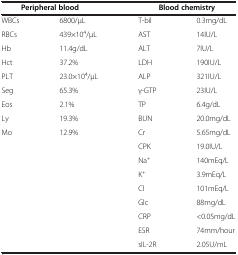
<table><thead><tr><td colspan="2"><b>Peripheral blood</b></td><td colspan="2"><b>Blood chemistry</b></td></tr></thead><tbody><tr><td>WBCs</td><td>6800/μL</td><td>T-bil</td><td>0.3mg/dL</td></tr><tr><td>RBCs</td><td>439×10<sup>4</sup>/μL</td><td>AST</td><td>14IU/L</td></tr><tr><td>Hb</td><td>11.4g/dL</td><td>ALT</td><td>7IU/L</td></tr><tr><td>Hct</td><td>37.2%</td><td>LDH</td><td>190IU/L</td></tr><tr><td>PLT</td><td>23.0×10<sup>4</sup>/μL</td><td>ALP</td><td>321IU/L</td></tr><tr><td>Seg</td><td>65.3%</td><td>γ-GTP</td><td>23IU/L</td></tr><tr><td>Eos</td><td>2.1%</td><td>TP</td><td>6.4g/dL</td></tr><tr><td>Ly</td><td>19.3%</td><td>BUN</td><td>20.0mg/dL</td></tr><tr><td>Mo</td><td>12.9%</td><td>Cr</td><td>5.65mg/dL</td></tr><tr><td>[EMPTY_CELL]</td><td>[EMPTY_CELL]</td><td>CPK</td><td>19.0IU/L</td></tr><tr><td>[EMPTY_CELL]</td><td>[EMPTY_CELL]</td><td>Na<sup>+</sup></td><td>140mEq/L</td></tr><tr><td>[EMPTY_CELL]</td><td>[EMPTY_CELL]</td><td>K<sup>+</sup></td><td>3.9mEq/L</td></tr><tr><td>[EMPTY_CELL]</td><td>[EMPTY_CELL]</td><td>Cl</td><td>101mEq/L</td></tr><tr><td>[EMPTY_CELL]</td><td>[EMPTY_CELL]</td><td>Glc</td><td>88mg/dL</td></tr><tr><td>[EMPTY_CELL]</td><td>[EMPTY_CELL]</td><td>CRP</td><td>&lt;0.05mg/dL</td></tr><tr><td>[EMPTY_CELL]</td><td>[EMPTY_CELL]</td><td>ESR</td><td>74mm/hour</td></tr><tr><td>[EMPTY_CELL]</td><td>[EMPTY_CELL]</td><td>sIL-2R</td><td>2.05U/mL</td></tr></tbody></table>